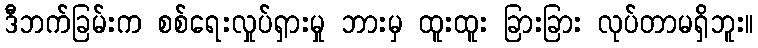
ဒီဘက်ခြမ်းက စစ်ရေးလှုပ်ရှားမှု ဘားမှ ထူးထူး ခြားခြား လုပ်တာမရှိဘူး။